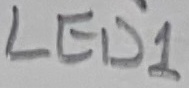
Text: 4K7